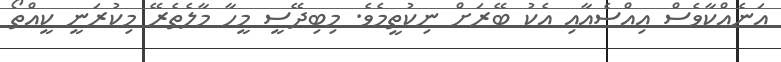
އަނެއްކާވެސް އިއްސެއާއި އެކު ބޭރަށް ނިކުތީމެވެ. މިބިދޭސީ މީހާ މާލެތެރޭ މިކުރަނީ ކީއްތޯ